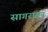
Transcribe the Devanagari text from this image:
सागरातून